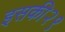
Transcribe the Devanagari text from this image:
इसकी२९